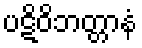
ပဋိဝိဘတ္တာနံ